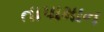
તાપામાન